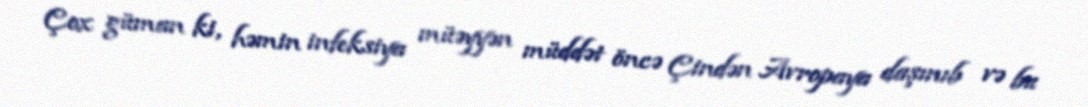
Çox güman ki, həmin infeksiya müəyyən müddət öncə Çindən Avropaya daşınıb və bu